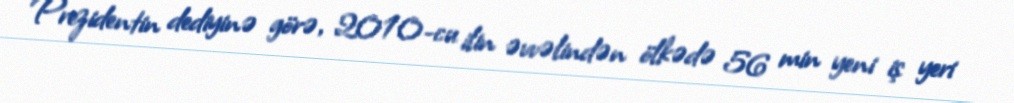
Prezidentin dediyinə görə, 2010-cu ilin əvvəlindən ölkədə 56 min yeni iş yeri